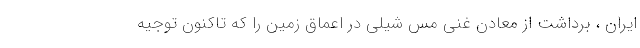
ایران ، برداشت از معادن غنی مس شیلی در اعماق زمین را که تاکنون توجیه